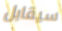
سيقابل